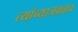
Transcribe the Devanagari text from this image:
त्यांच्याजवळच